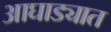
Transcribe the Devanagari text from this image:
आघाड्यात